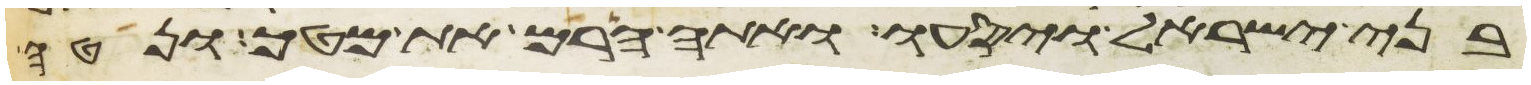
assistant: בני ישראל ויסעו ואתה הרם את מטך ונטה